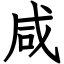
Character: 咸